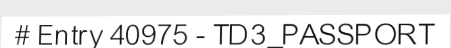
# Entry 40975 - TD3_PASSPORT